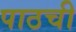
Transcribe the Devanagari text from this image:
पाठची